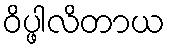
ဝိပ္ဖါလိတာယ